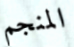
المنجم